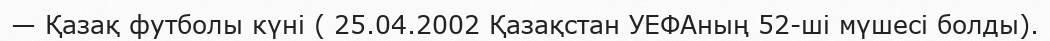
— Қазақ футболы күні ( 25.04.2002 Қазақстан УЕФАның 52-ші мүшесі болды).